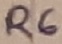
Text: R6